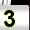
Digit: 3